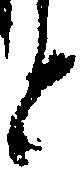
と